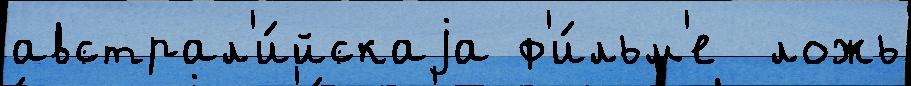
австрал'и́йскаjа ф'и́льм'е  ложь